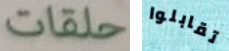
حلقات تقابلوا